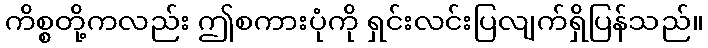
ကိစ္စတို့ကလည်း ဤစကားပုံကို ရှင်းလင်းပြလျက်ရှိပြန်သည်။